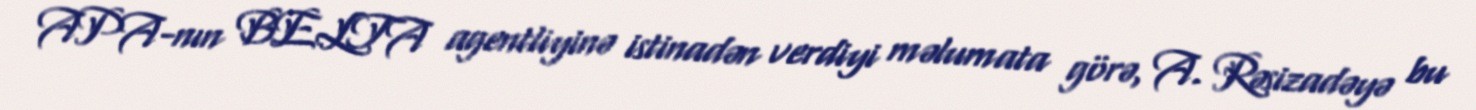
APA-nın BELTA agentliyinə istinadən verdiyi məlumata görə, A. Rəsizadəyə bu